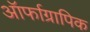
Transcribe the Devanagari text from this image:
ऑर्फाग्रापिक